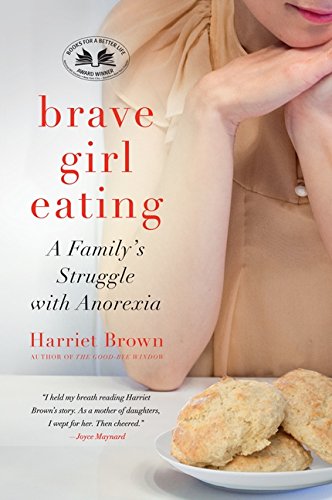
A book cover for Brave Girl Eating: A Family's Struggle with Anorexia; Harriet Brown; Self-Help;